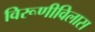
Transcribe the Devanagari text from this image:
विरूणीविलास